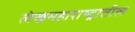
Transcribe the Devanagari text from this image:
लेखमहाराष्ट्रातील